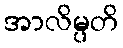
အာလိမ္ပတိ